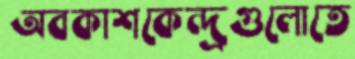
অবকাশকেন্দ্রগুলোতে